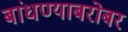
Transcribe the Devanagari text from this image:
बांधण्याबरोबर